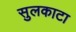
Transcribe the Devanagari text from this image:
सुलकाटा